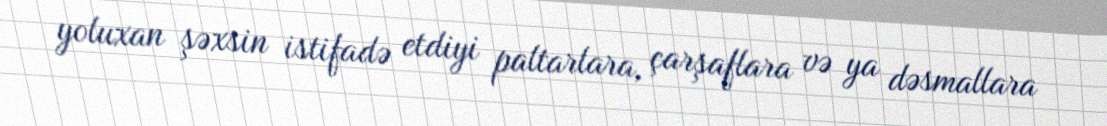
yoluxan şəxsin istifadə etdiyi paltarlara, çarşaflara və ya dəsmallara